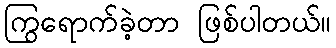
ကြွရောက်ခဲ့တာ ဖြစ်ပါတယ်။